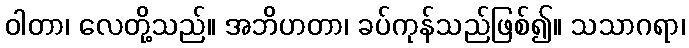
ဝါတာ၊ လေတို့သည်။ အဘိဟတာ၊ ခပ်ကုန်သည်ဖြစ်၍။ သသာဂရာ၊